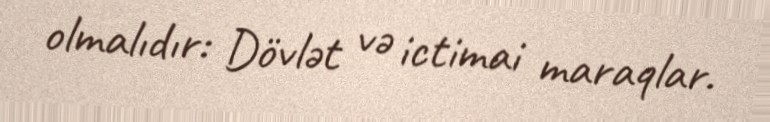
olmalıdır: Dövlət və ictimai maraqlar.